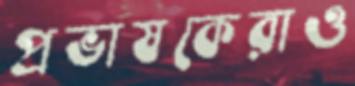
প্রভাষকেরাও